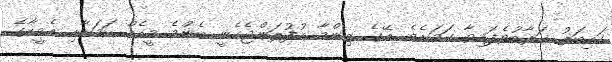
ހައިބަތު ޚަރާބުވެފައިވާ ކަމަށެވެ. އޭގެ ޒިންމާ އުފުލަންޖެހެނީ އެންމެ މީހެއް ކަމަށާއި އެމީހާގެ